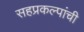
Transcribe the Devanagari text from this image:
सहप्रकल्पांची